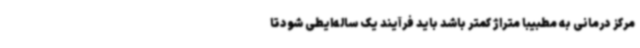
مرکز درمانی به مطبیبا متراژ کمتر باشد باید فرآیند یک ساله‌ایطی شودتا